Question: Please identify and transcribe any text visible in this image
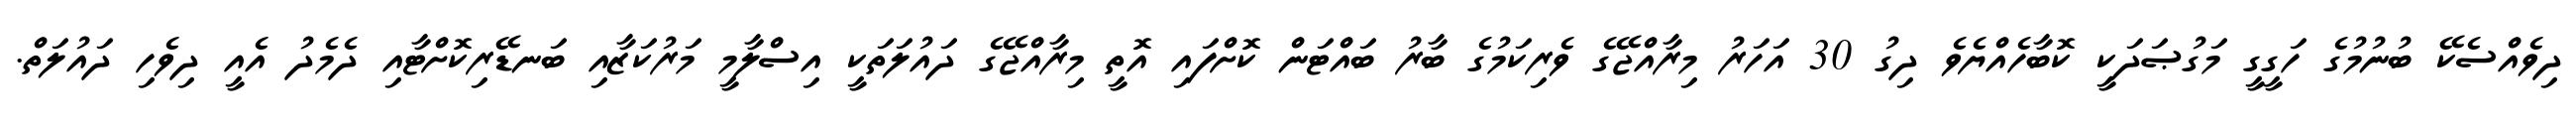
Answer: ދިވެއްސެކޭ ބުނުމުގެ ހަގީގީ މަގުޞަދަކީ ކޮބާހެއްޔެވެ ދިގު 30 އަހަރު މިރާއްޖޭގެ ވެރިކަމުގެ ބާރު ބައްޓަން ކޮށްފައި އޮތީ މިރާއްޖޭގެ ދައުލަތަކީ އިސްލާމީ މަރުކަޒާއި ބަނޑޭރިކޮށްޓާއި ދެމެދު އެއީ ދިވެހި ދައުލަތް.